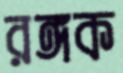
রঙ্গক